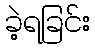
ခဲ့ရခြင်း